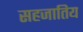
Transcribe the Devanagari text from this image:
सहजातिय